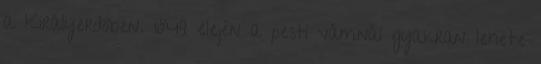
a Királyerdőben. 1849 elején a pesti vámnál gyakran lehete